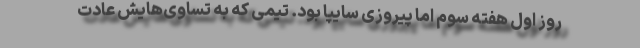
روز اول هفته سوم اما پیروزی سایپا بود. تیمی که به تساوی‌هایش عادت